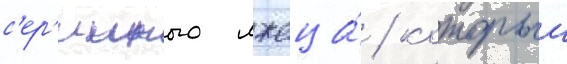
с'ер'ииного лжеца́ / которыи